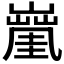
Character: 𡒑